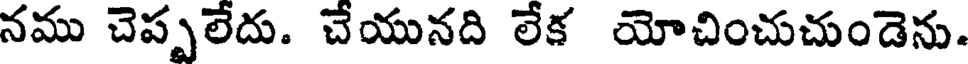
నము చెప్పలేదు. చేయునది లేక యోచించుచుండెను.